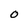
Character: O